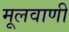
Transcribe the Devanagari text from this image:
मूलवाणी